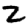
Digit: 2